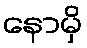
နောမှိ